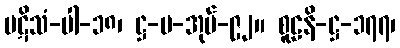
ပဋိသံ-ပါ-၁၈၊ ဋ္ဌ-ပ-အုပ်-၉၂။ စူဠနိ-ဋ္ဌ-၁၇၇၊